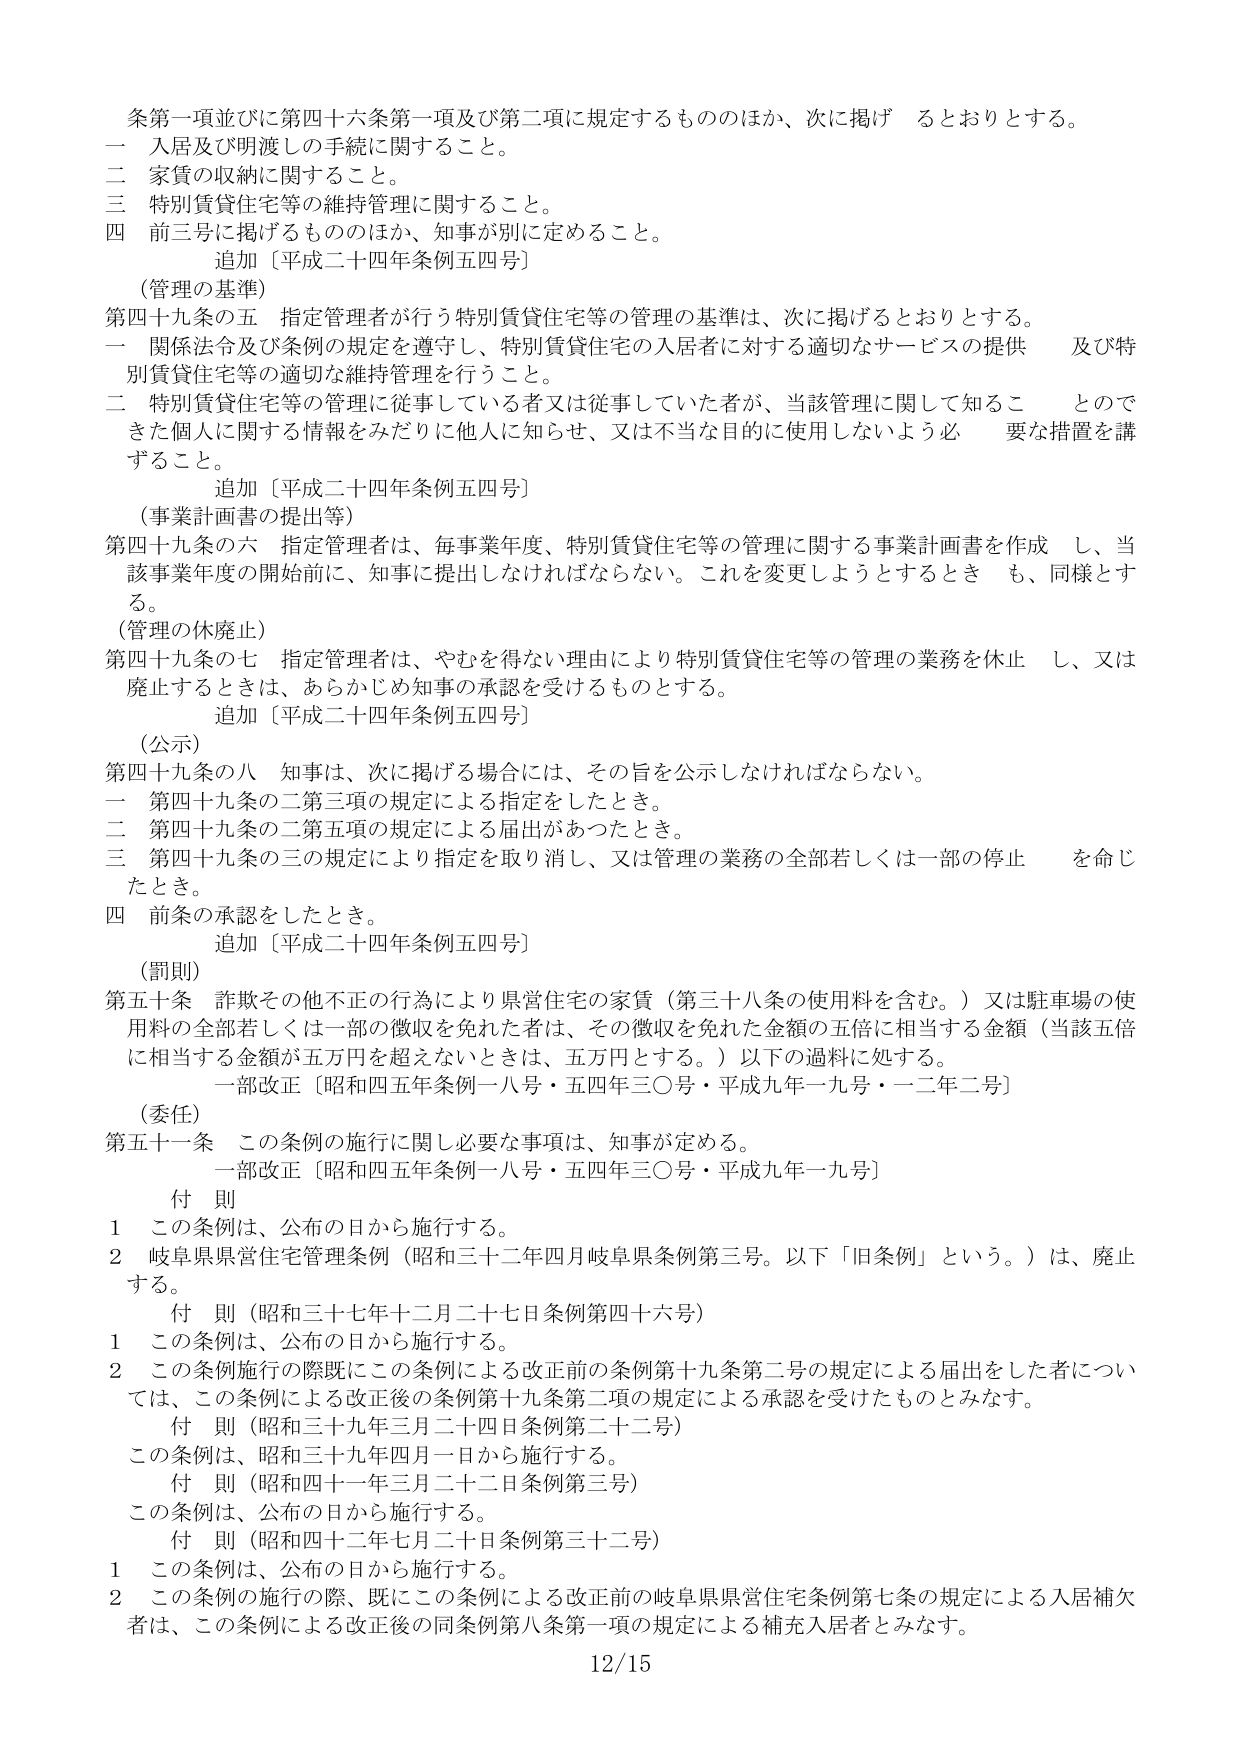
条第一項並びに第四十六条第一項及び第二項に規定するもののほか、次に掲げる とおりとする。

一 入居及び明渡しの手続に関すること。

二 家賃の収納に関すること。

三 特別賃貸住宅等の維持管理に関すること。

四 前三号に掲げるもののほか、知事が別に定めるること。

　追加〔平成二十四年条例五四号〕

（管理の基準）

第四十九条の五 指定管理者が行う特別賃貸住宅等の管理の基準は、次に掲げるとおりとする。

一 関係法令及び条例の規定を遵守し、特別賃貸住宅の入居者に対する適切なサービスの提供　及び特別賃貸住宅等の適切な維持管理を行うこと。

二 特別賃貸住宅等の管理に従事している者又は従事していた者が、当該管理に関して知ることのできた個人に関する情報をみだりに他人に知らせ、又は不当な目的に使用しないよう必要な措置を講ずること。

　追加〔平成二十四年条例五四号〕

（事業計画書の提出等）

第四十九条の六 指定管理者は、毎事業年度、特別賃貸住宅等の管理に関する事業計画書を作成し、当該事業年度の開始前に、知事に提出しなければならない。これを変更しようとするときも、同様とする。

（管理の休廃止）

第四十九条の七 指定管理者は、やむを得ない理由により特別賃貸住宅等の管理の業務を休止し、又は廃止するときは、あらかじめ知事の承認を受けるものとする。

　追加〔平成二十四年条例五四号〕

（公示）

第四十九条の八 知事は、次に掲げる場合には、その旨を公示しなければならない。

一 第四十九条の二第三項の規定による指定をしたとき。

二 第四十九条の二第五項の規定による届出があったとき。

三 第四十九条の三の規定により指定を取り消し、又は管理の業務の全部若しくは一部の停止を命じたとき。

四 前条の承認をしたとき。

　追加〔平成二十四年条例五四号〕

（罰則）

第五十条 詐欺その他不正の行為により県営住宅の家賃（第三十八条の使用料を含む。）又は駐車場の使用料の全部若しくは一部の徴収を免れた者は、その徴収を免れた金額の五倍に相当する金額（当該五倍に相当する金額が五万円を超えないときは、五万円とする。）以下の過料に処する。

　一部改正〔昭和四五年条例一八号・五四年三〇号・平成九年一九号・一二年二号〕

（委任）

第五十一条 この条例の施行に関し必要な事項は、知事が定める。

　一部改正〔昭和四五年条例一八号・五四年三〇号・平成九年一九号〕

付 則

1 この条例は、公布の日から施行する。

2 岐阜県県営住宅管理条例（昭和三十二年四月岐阜県条例第三号。以下「旧条例」という。）は、廃止する。

　付 則（昭和三十七年十二月二十七日条例第四十六号）

1 この条例は、公布の日から施行する。

2 この条例施行の際既にこの条例による改正前の条例第十九条第二号の規定による届出をした者については、この条例による改正後の条例第十九条第二項の規定による承認を受けたものとみなす。

　付 則（昭和三十九年三月二十四日条例第二十二号）

この条例は、昭和三十九年四月一日から施行する。

　付 則（昭和四十一年三月二十二日条例第三号）

この条例は、公布の日から施行する。

　付 則（昭和四十二年七月二十日条例第三十二号）

1 この条例は、公布の日から施行する。

2 この条例の施行の際、既にこの条例による改正前の岐阜県県営住宅条例第七条の規定による入居補欠者は、この条例による改正後の同条例第八条第一項の規定による補充入居者とみなす。

12/15